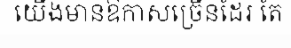
យើងមានឱកាសច្រើនដែរ តែ